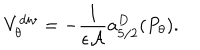
LaTeX: V _ { \theta } ^ { d i v } = - { \frac { 1 } { \epsilon { \cal A } } } a _ { 5 / 2 } ^ { D } ( P _ { \theta } ) .